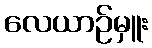
လေယာဉ်မှူး